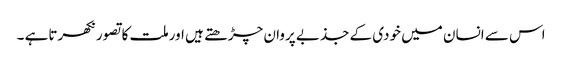
اس سے انسان میں خودی کے جذبے پروان چڑھتے ہیں اورملت کاتصورنکھرتاہے ۔